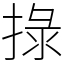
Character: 𢮑